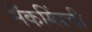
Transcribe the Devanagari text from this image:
मॅकग्लिंची